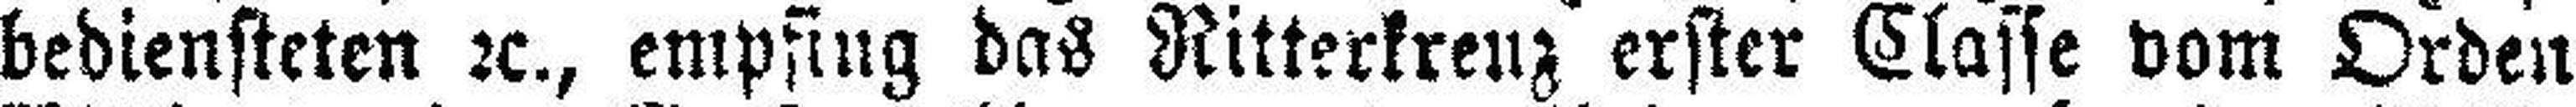
bediensteten 2c., empfing das Ritterkrenz erster Classe vom Orden